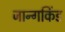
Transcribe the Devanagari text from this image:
जान्गकिंड